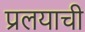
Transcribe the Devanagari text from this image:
प्रलयाची